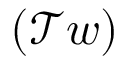
( \mathcal { T } w )